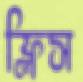
ফ্লিস